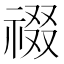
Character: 䄌